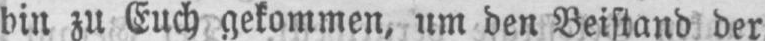
bin zu Euch gekommen, um den Beistand der